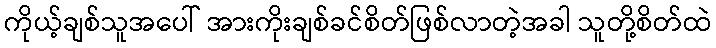
ကိုယ့်ချစ်သူအပေါ် အားကိုးချစ်ခင်စိတ်ဖြစ်လာတဲ့အခါ သူတို့စိတ်ထဲ